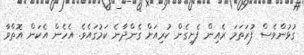
ގުޅުންވެސް ފުރަތަމަ ރެއިން ފެށިގެން ކުރިއަށް ގެންދާނެ ކަމުގައެވެ. އެހެން އެކަން އޮތްވާ